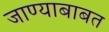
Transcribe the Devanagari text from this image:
जाण्याबाबत